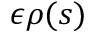
\epsilon \rho ( s )